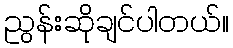
ညွန်းဆိုချင်ပါတယ်။